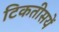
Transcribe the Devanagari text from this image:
टिकतीसयें